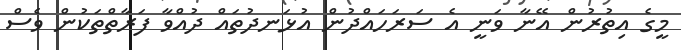
މީގެ އިތުރުން އޭނާ ވަނީ އެ ސަރަހައްދުން އުޅަނދުތައް ދުއްވާ ފަރާތްތަކުން ވެސް